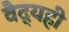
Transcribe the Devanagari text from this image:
वैद्यही